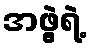
အဖွဲ့ရဲ့